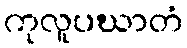
ကုလူပဃာတံ